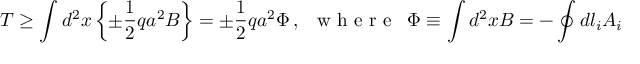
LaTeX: T \geq \int d ^ { 2 } x \left\{ \pm \frac { 1 } { 2 } q a ^ { 2 } B \right\} = \pm \frac { 1 } { 2 } q a ^ { 2 } \Phi \, , \, \, \, \textrm { w h e r e } \, \, \, \Phi \equiv \int d ^ { 2 } x B = - \oint d l _ { i } A _ { i }